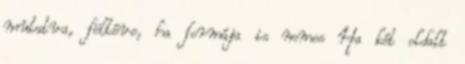
mutatva, föltéve, ha formája is nemes Ha két oldalt